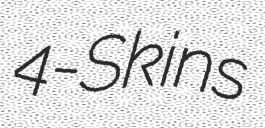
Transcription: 4-Skins